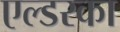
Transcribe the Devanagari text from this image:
एल्डरका